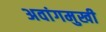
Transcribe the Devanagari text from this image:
अवांगमुखी